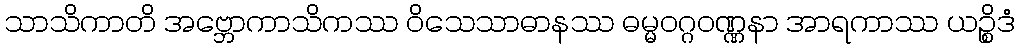
သာသိကာတိ အဗ္ဘောကာသိကဿ ဝိသေသာဓာနဿ ဓမ္မဝဂ္ဂဝဏ္ဏနာ အာရကာဿ ယဉ္စိဒံ